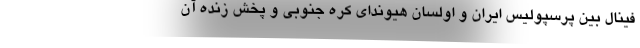
فینال بین پرسپولیس ایران و اولسان هیوندای کره جنوبی و پخش زنده آن